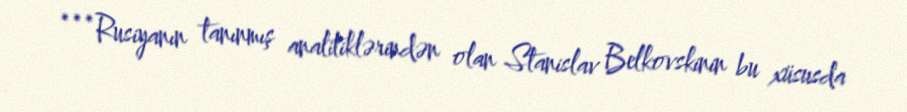
***Rusiyanın tanınmış analitiklərindən olan Stanislav Belkovskinin bu xüsusda